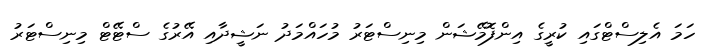
ހަމަ އެލިސްޓްގައި ކުރީގެ އިންފޮމޭޝަން މިނިސްޓަރު މުހައްމަދު ނަޝީދާއި އޭރުގެ ސްޓޭޓް މިނިސްޓަރު